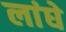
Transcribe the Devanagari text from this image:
लांघे